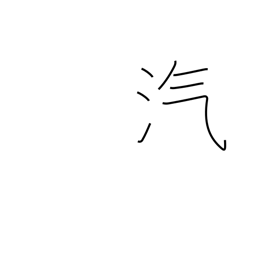
Meaning: vapor